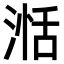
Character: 湉